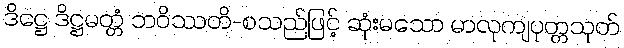
ဒိဋ္ဌေ ဒိဋ္ဌမတ္တံ ဘဝိဿတိ-စသည်ဖြင့် ဆုံးမသော မာလုကျပုတ္တသုတ်